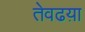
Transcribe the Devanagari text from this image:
तेवढय़ा